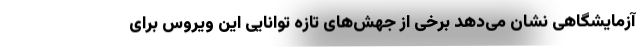
آزمایشگاهی نشان می‌دهد برخی از جهش‌های تازه توانایی این ویروس برای